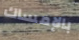
بالإمساك